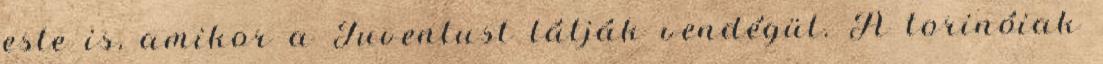
este is, amikor a Juventust látják vendégül. A torinóiak